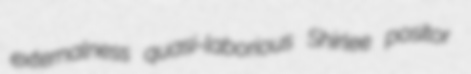
externalness quasi-laborious Shirlee positor